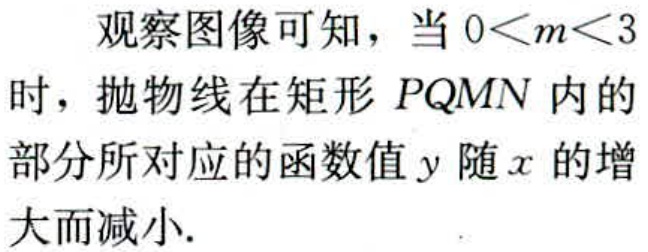
观察图像可知，当 \(0<m<3\) 时，抛物线在矩形 \(PQMN\) 内的部分所对应的函数值 \(y\) 随 \(x\) 的增大而减小.